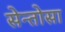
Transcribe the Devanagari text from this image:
सेन्तोसा